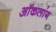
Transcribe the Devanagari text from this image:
ऑकलांग